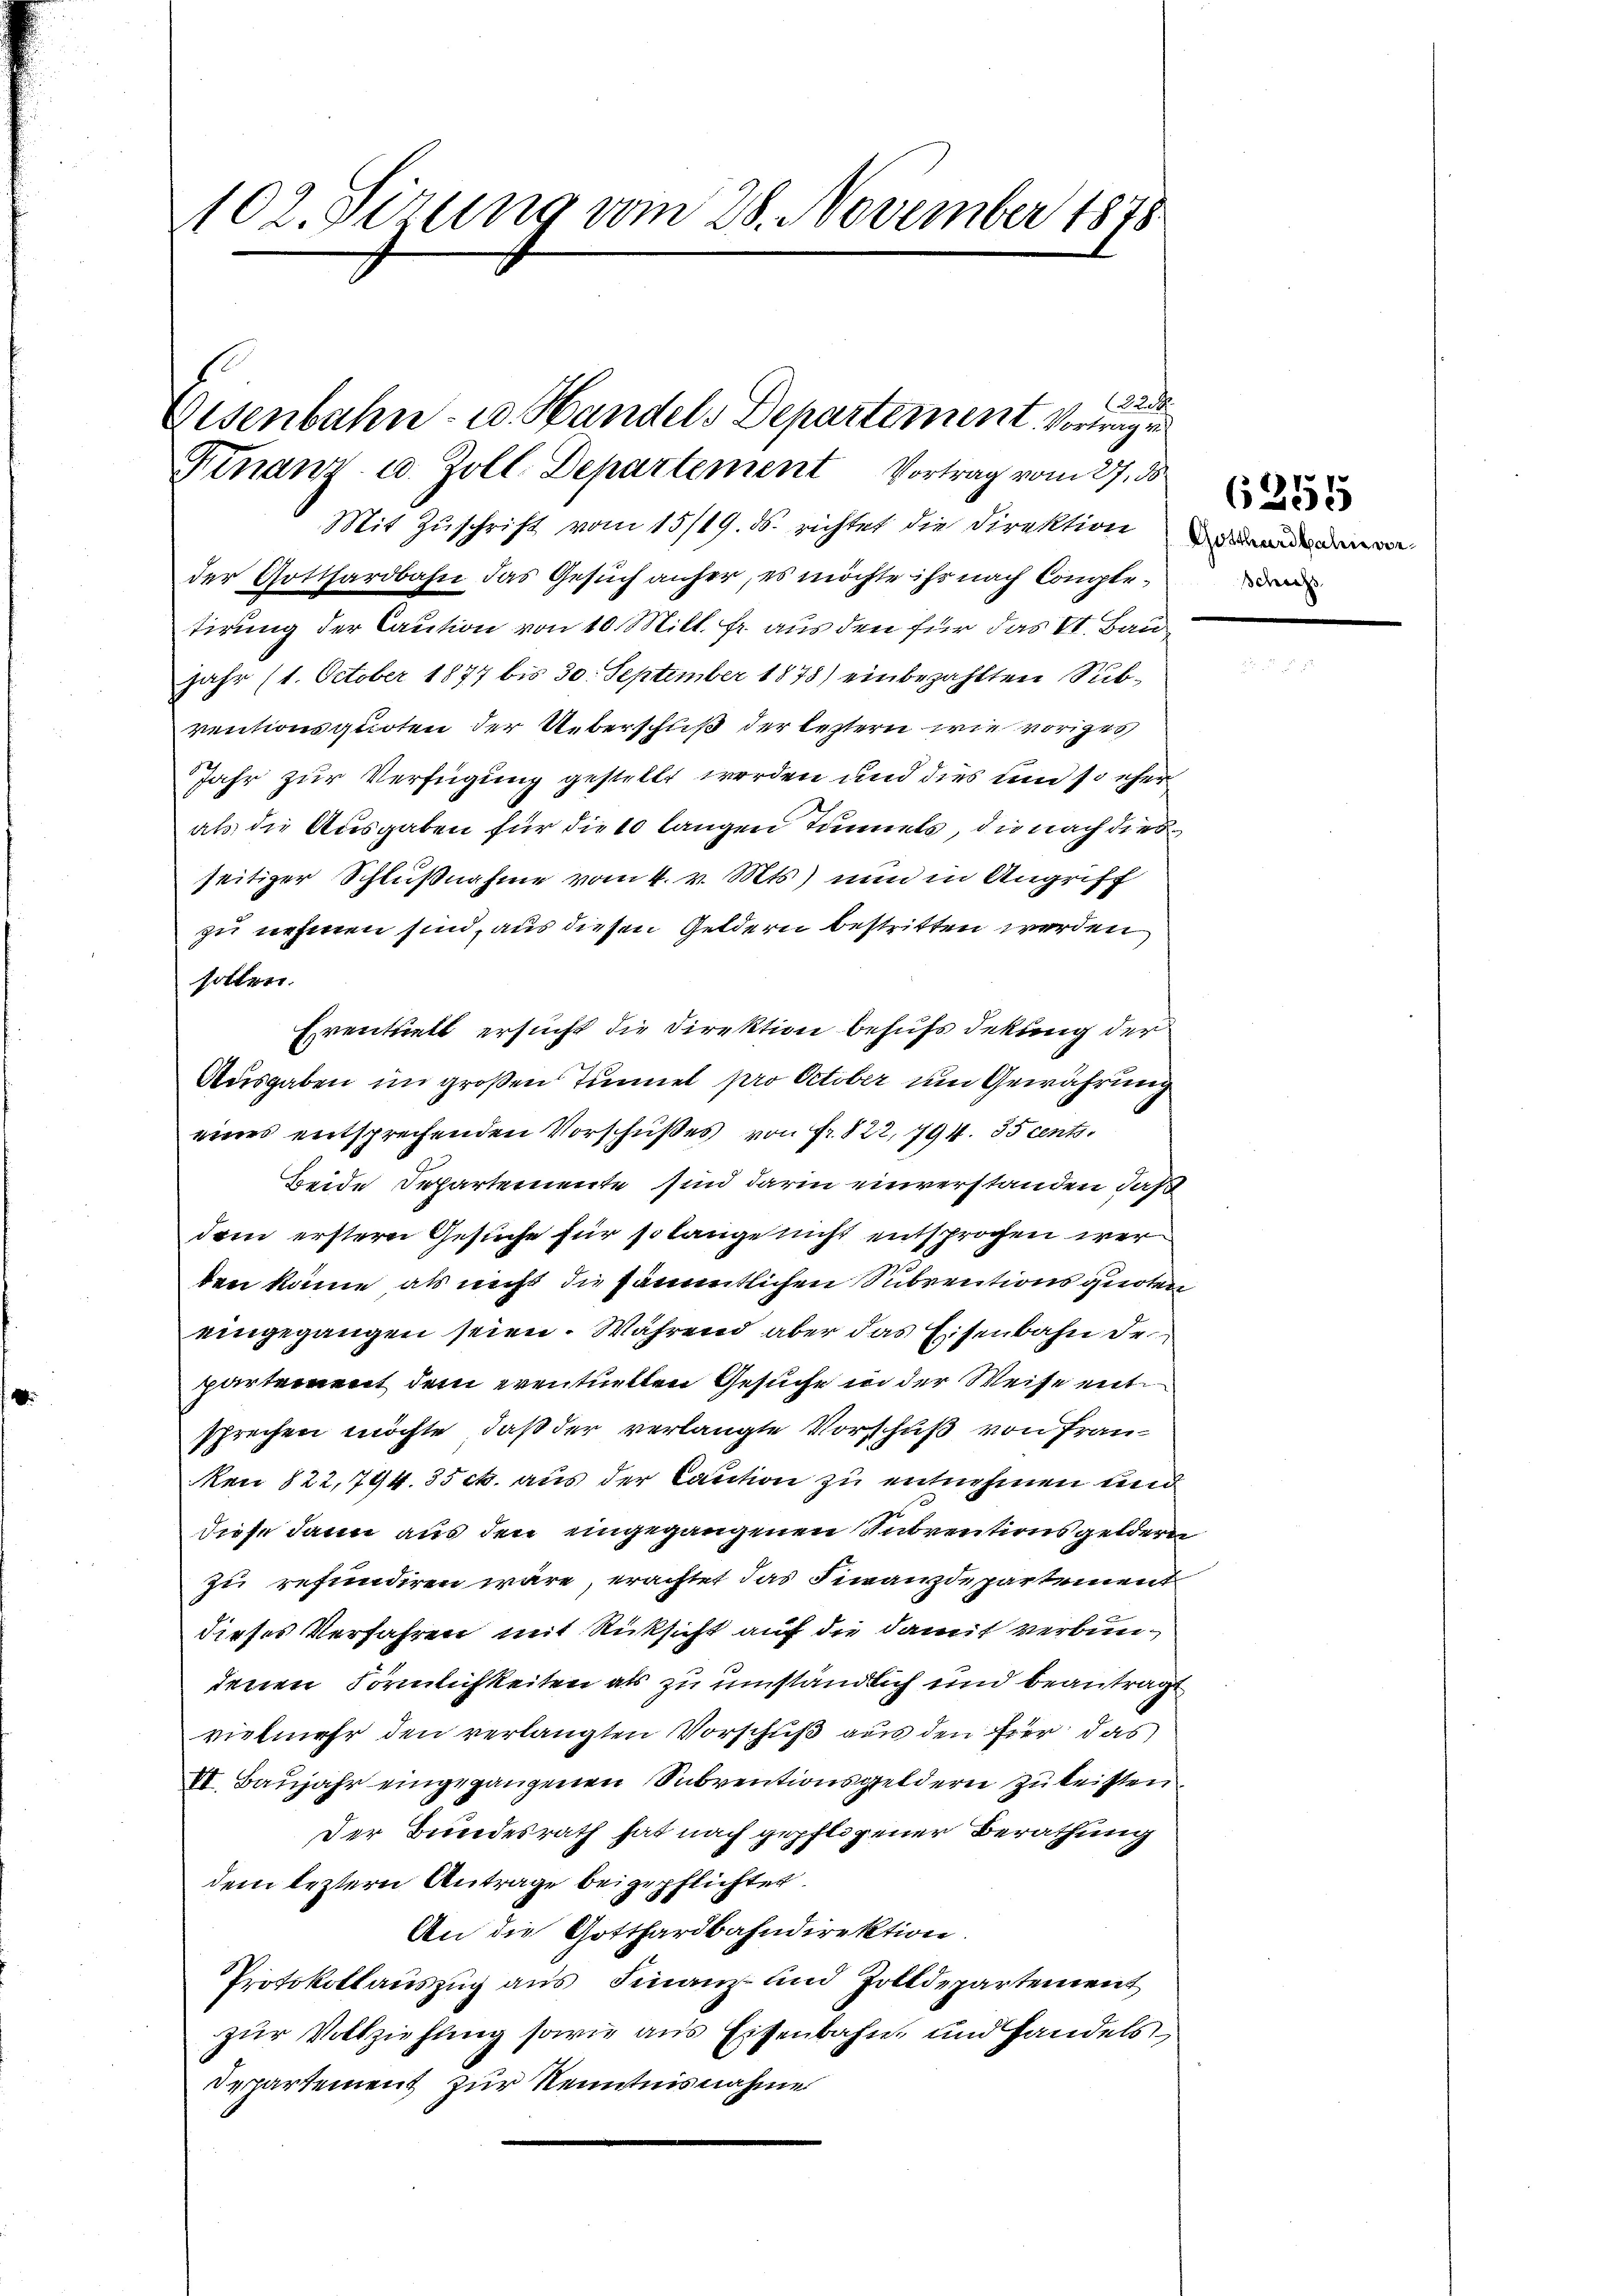
102. Sizung vom 28. November 1878

224
Eisenbahn- u. Handels Departement. Vortrag ein
Finanz- u. Zoll. Departement Vortrag vom 27. ds.

Mit Zuschrift vom 15/19. ds. richtet die Direktion de
der Gotthardbahn das Gesuch anher, es möchte ihr nach Comptetirung der Caution von 10 Mill. fr. aus den für das I. Bau
Jahr 11. October 1877 bis 30. September 1878) einbezahlten Subventionsquoten der Ueberschuß der leztern wie voriges
Jahr zur Verfügung gestellt werden und dies dem so eher
als die Ausgaben für die 10 langen Tunnels, die nach dies
seitiger Schlußnahme vom 4. v. Mts) nun in Angriff
zu nehmen sind, aus diesen Geldern bestritten werden
sotten.
Eventuell ersucht die Direktion behufs dekung der
Ausgaben im großen Tunnel pro October um Gewährung
eines entsprechenden Vorschußes von Fr. 822, 794. 35 cents
Beide Departemente sind darin einverstanden, daß
dem erstern Gesuche für so lange nicht entsprochen wer
den käme, als nicht die sämmtlichen Subventionsquoten
eingegangen seien. Während aber das Eisenbahn de
partement dem eventuellen Gesuche in der Weise entsprechen möchte, daß der verlangte Vorschuß von Franen 822,794. 35 c. aus der Caution zu entnehmen und
diese dann aus den eingegangenen Subventionsgeldern
zu refundiren wäre, erachtet das Finanzdepartement
dieses Verfahren mit Rücksicht auf die damit verbundenen Förmlichkeiten als zu umständlich und beantragt
vielmehr den verlangten Vorschuß aus den Fier, das
VI. Baŭjahr eingegangenen Subventionsgeldern zu leisten
Der Bundesrath hat nach gepflogener Berathung
dem leztern Antrage beigepflichtet.
An die Gotthardbahndirektion.
Protokollauszug aus Finanz- und Zolldepartement
zur Vollziehung sowie aus Eisenbahn und Handels
Departement zur Kenntnisnahme

Schachs

6255